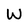
Character: W